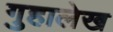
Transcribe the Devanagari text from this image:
गुहालेख